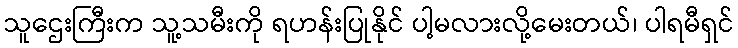
သူဌေးကြီးက သူ့သမီးကို ရဟန်းပြုနိုင် ပါ့မလားလို့မေးတယ်၊ ပါရမီရှင်